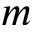
m